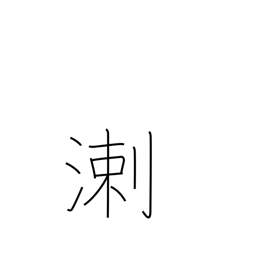
Meaning: biased